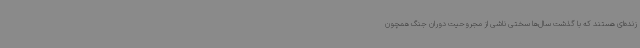
زنده‌ای هستند که با گذشت سال‌ها سختی ناشی از مجروحیت دوران جنگ همچون